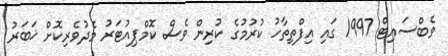
ވެބްސައިޓް 1997 ގައި އިފްތިތާހު ކުރުމުގެ ކުރިން ވެސް ކޮމްޕިއުޓަރު މެދުވެރިކޮށް ޚަބަރު